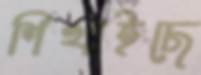
শিখাইছে